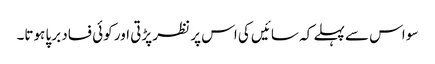
سو اس سے پہلے کہ سائیں کی اس پر نظر پڑتی اور کوئی فساد برپا ہوتا۔